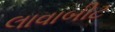
લાવાબીટ